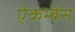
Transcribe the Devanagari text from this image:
ऐकम्बेंस